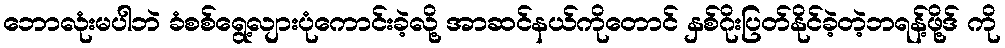
ဘောလုံးမပါဘဲ ခံစစ်ရွေ့လျားပုံကောင်းခဲ့လို့ အာဆင်နယ်ကိုတောင် နှစ်ဂိုးပြတ်နိုင်ခဲ့တဲ့ဘရန့်ဖို့ဒ် ကို